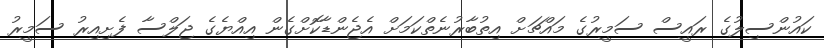
ކައުންސިލުގެ ރައީސް ސަމީރުގެ މައްޗަށް އިތުބާރުނެތްކަމަށް އެޖެންޑާކޮށްގެން އިއްޔެގެ ޖަލްސާ ފެށިއިރު ސަމީރު